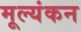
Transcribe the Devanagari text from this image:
मूल्यंकन